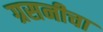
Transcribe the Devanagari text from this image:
ग्रसनीचा